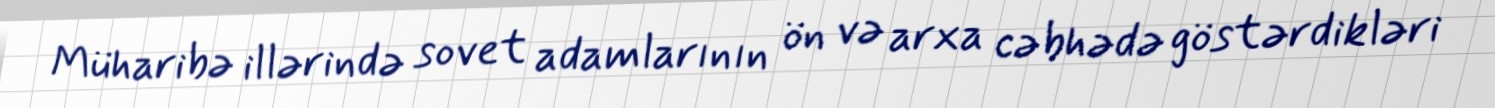
Müharibə illərində sovet adamlarının ön və arxa cəbhədə göstərdikləri